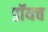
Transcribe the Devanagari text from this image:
डॉयच